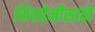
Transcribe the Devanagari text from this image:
शिवप्रेमीसाठी